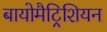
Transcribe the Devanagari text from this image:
बायोमैट्रिशियन